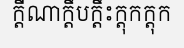
ក្តីណាក្តឹបក្តឹះក្តុកក្តុក